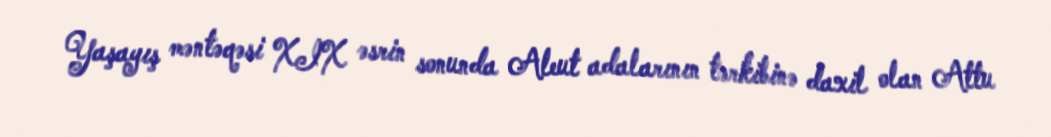
Yaşayış məntəqəsi XIX əsrin sonunda Aleut adalarının tərkibinə daxil olan Attu